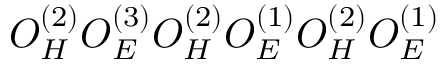
O _ { H } ^ { ( 2 ) } O _ { E } ^ { ( 3 ) } O _ { H } ^ { ( 2 ) } O _ { E } ^ { ( 1 ) } O _ { H } ^ { ( 2 ) } O _ { E } ^ { ( 1 ) }